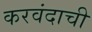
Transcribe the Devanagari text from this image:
करवंदाची